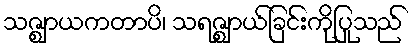
သဇ္ဈာယကတာပိ၊ သရဇ္ဈာယ်ခြင်းကိုပြုသည်